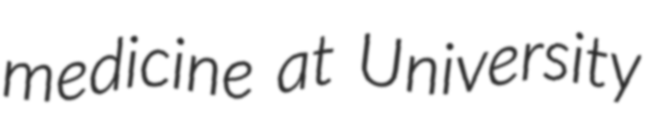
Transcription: medicine at University